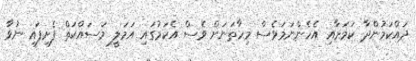
ދައްކަމުންދާ ކަމަށާއި އެހެންނަމަވެސް މިހާތަނަށް ވެސް އެކަމުގައި އަމަލީ މަސައްކަތް ފެށިފައި ނުވާ